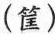
(筐)